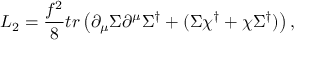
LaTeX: { \cal L } _ { 2 } = { \frac { f ^ { 2 } } { 8 } } t r \left( \partial _ { \mu } \Sigma \partial ^ { \mu } \Sigma ^ { \dagger } + ( \Sigma \chi ^ { \dagger } + \chi \Sigma ^ { \dagger } ) \right) ,